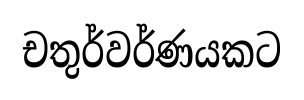
චතුර්වර්ණයකට